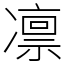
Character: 凛